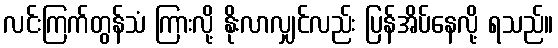
လင်းကြက်တွန်သံ ကြားလို့ နိုးလာလျှင်လည်း ပြန်အိပ်နေလို့ ရသည်။